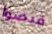
قبضوا